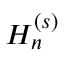
H _ { n } ^ { ( s ) }